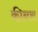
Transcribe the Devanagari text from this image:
कीनस